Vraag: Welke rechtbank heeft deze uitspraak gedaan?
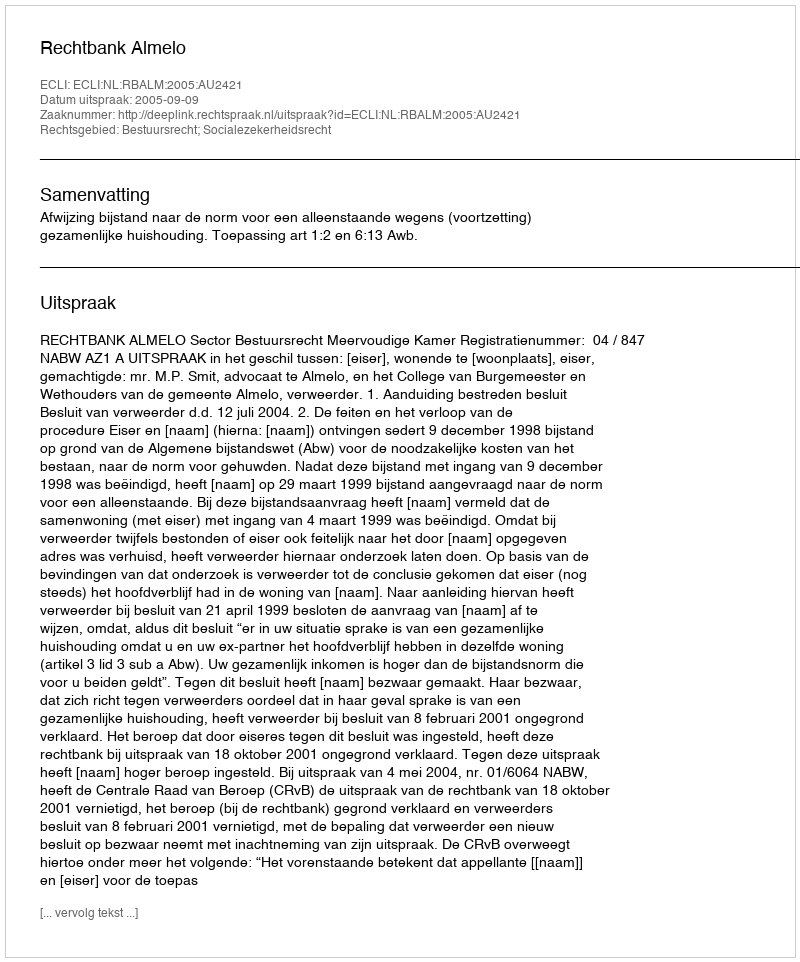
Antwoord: Rechtbank Almelo